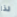
لذا